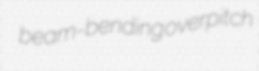
beam-bending overpitch